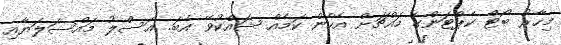
މިހާރު ބޯޓް ކެޕްޓަންގެ މައްޗަށް އެހެން ކަމެއް ޝައްކުވޭ އެބަ. ޢަސްލު މައްސަލަޔާއި